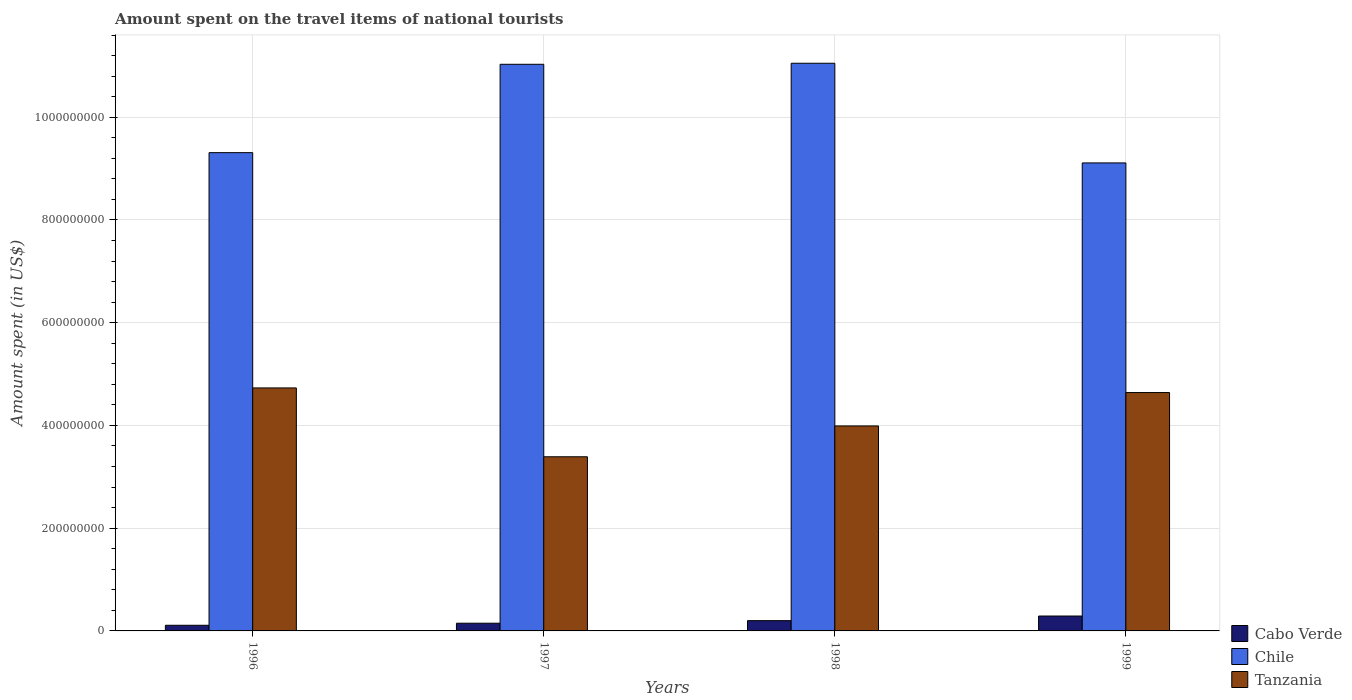
| Years | Cabo Verde | Chile | Tanzania |
 | --- | --- | --- | --- |
 | 1996 | 1.1e+07 | 9.31e+08 | 4.73e+08 |
 | 1997 | 1.5e+07 | 1.1e+09 | 3.39e+08 |
 | 1998 | 2e+07 | 1.10e+09 | 3.99e+08 |
 | 1999 | 2.9e+07 | 9.11e+08 | 4.64e+08 |